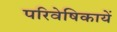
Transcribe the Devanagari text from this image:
परिवेषिकायें